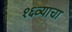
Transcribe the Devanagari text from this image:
१६व्याचा